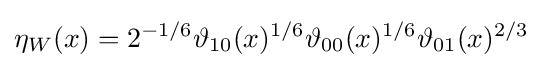
\eta _{W}(x)=2^{-1/6}\vartheta _{10}(x)^{1/6}\vartheta _{00}(x)^{1/6}\vartheta _{01}(x)^{2/3}